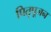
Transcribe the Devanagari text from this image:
पितृपूजन